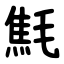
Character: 㲬